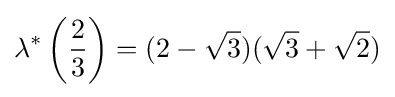
\lambda ^{*}\left({\frac {2}{3}}\right)=(2-{\sqrt {3}})({\sqrt {3}}+{\sqrt {2}})